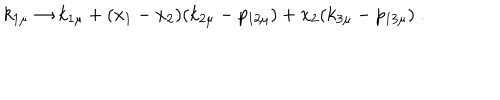
LaTeX: k _ { 1 \mu } \rightarrow k _ { 1 \mu } + ( x _ { 1 } - x _ { 2 } ) ( k _ { 2 \mu } - p _ { 1 2 \mu } ) + x _ { 2 } ( k _ { 3 \mu } - p _ { 1 3 \mu } ) \ .